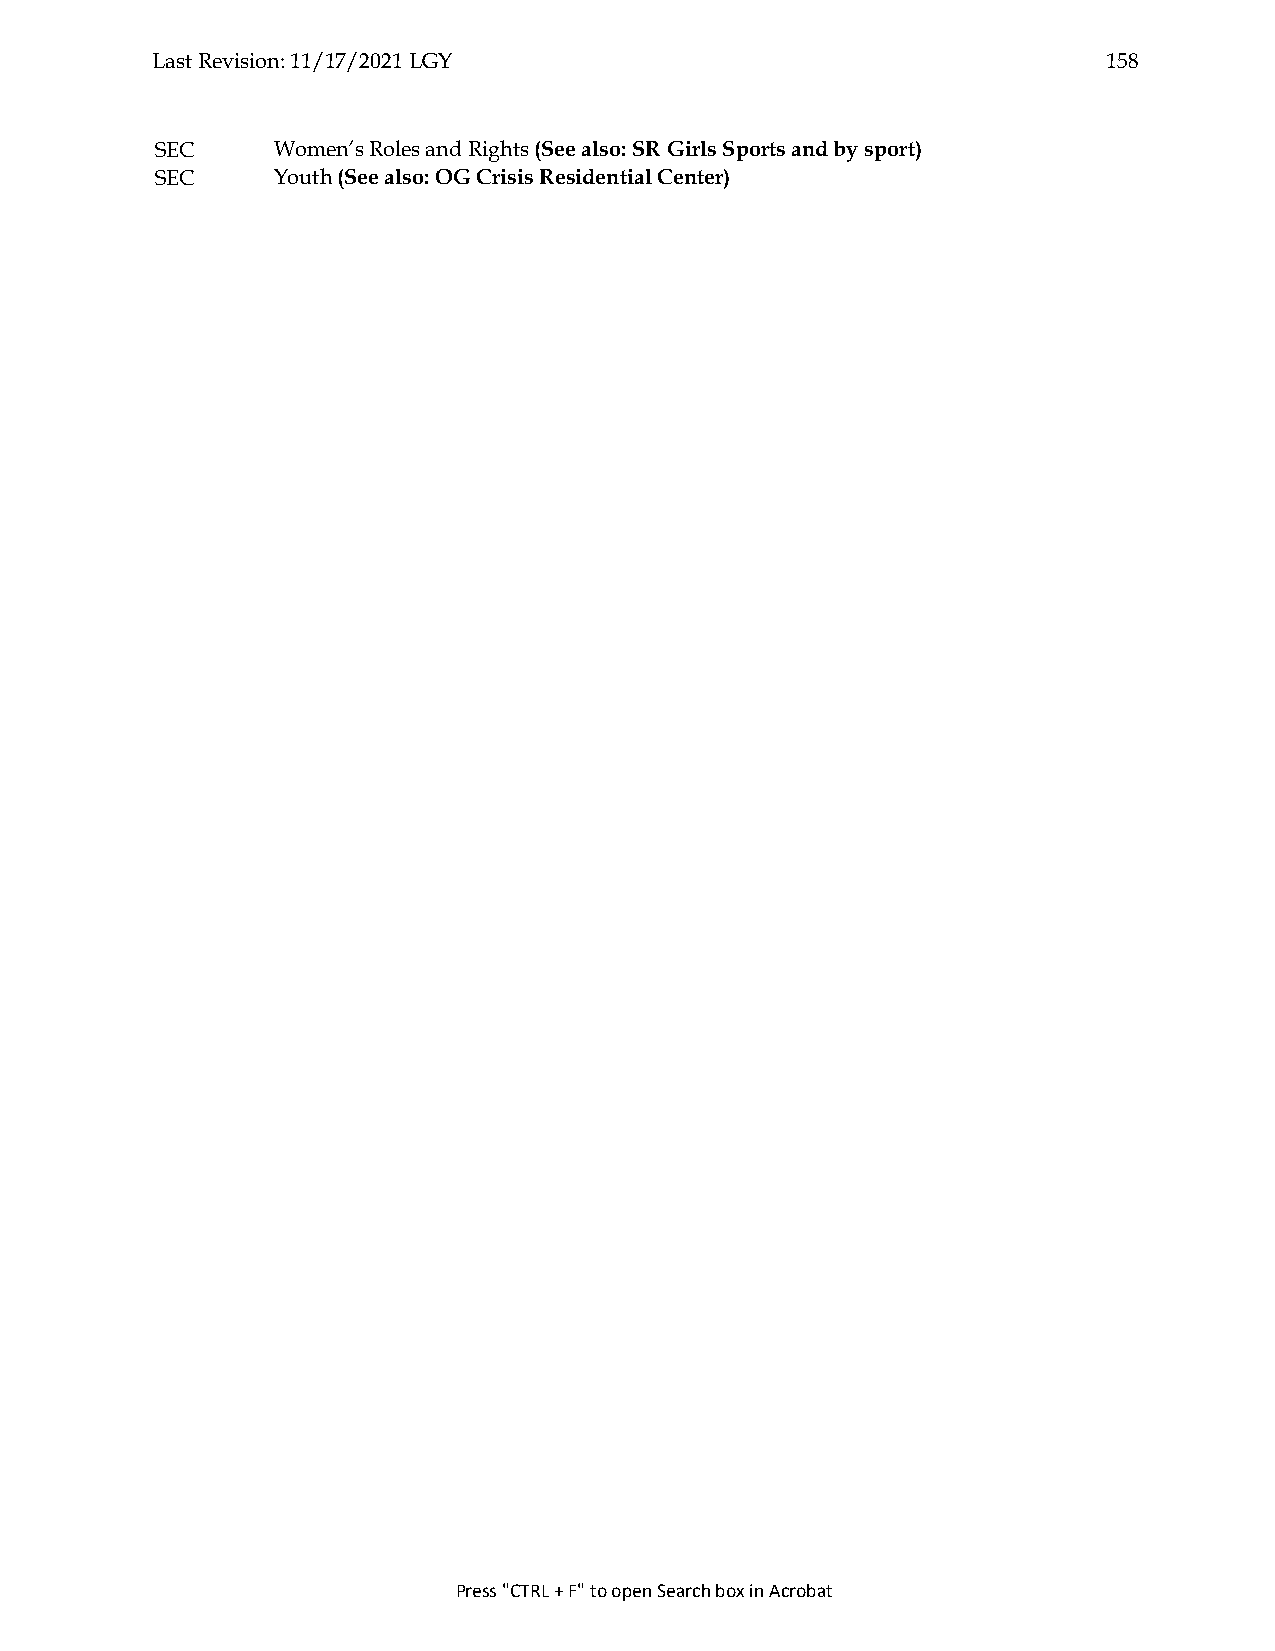
Last Revision: 11/17/2021 LGY                                  158
 SEC     Women’s Roles and Rights (See also: SR Girls Sports and by sport)
 SEC     Youth (See also: OG Crisis Residential Center)
 Press "CTRL + F" to open Search box in Acrobat